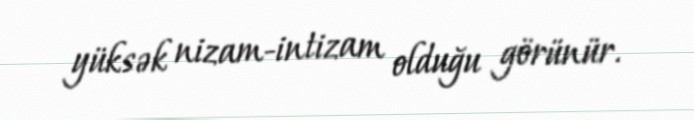
yüksək nizam-intizam olduğu görünür.